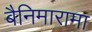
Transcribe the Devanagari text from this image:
बैनिमारामा